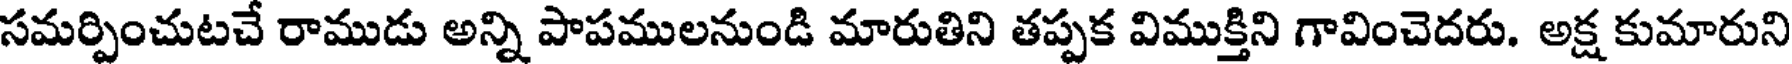
సమర్పించుటచే రాముడు అన్ని పాపములనుండి మారుతిని తప్పక విముక్తిని గావించెదరు. అక్ష కుమారుని